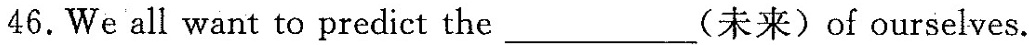
46.We all want to predict the___(未来)of ourselves.